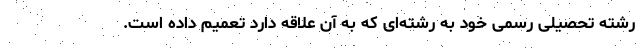
رشته تحصیلی رسمی خود به رشته‌ای که به آن علاقه دارد تعمیم داده است.